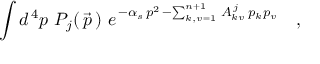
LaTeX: \int d ^ { \, 4 } p \ P _ { j } ( \, \vec { p } \, ) \ e ^ { \, - \alpha _ { s } \, p ^ { 2 } \, - \sum _ { k , v = 1 } ^ { n + 1 } \, A _ { k v } ^ { \, j } \, p _ { k } p _ { v } } \quad ,